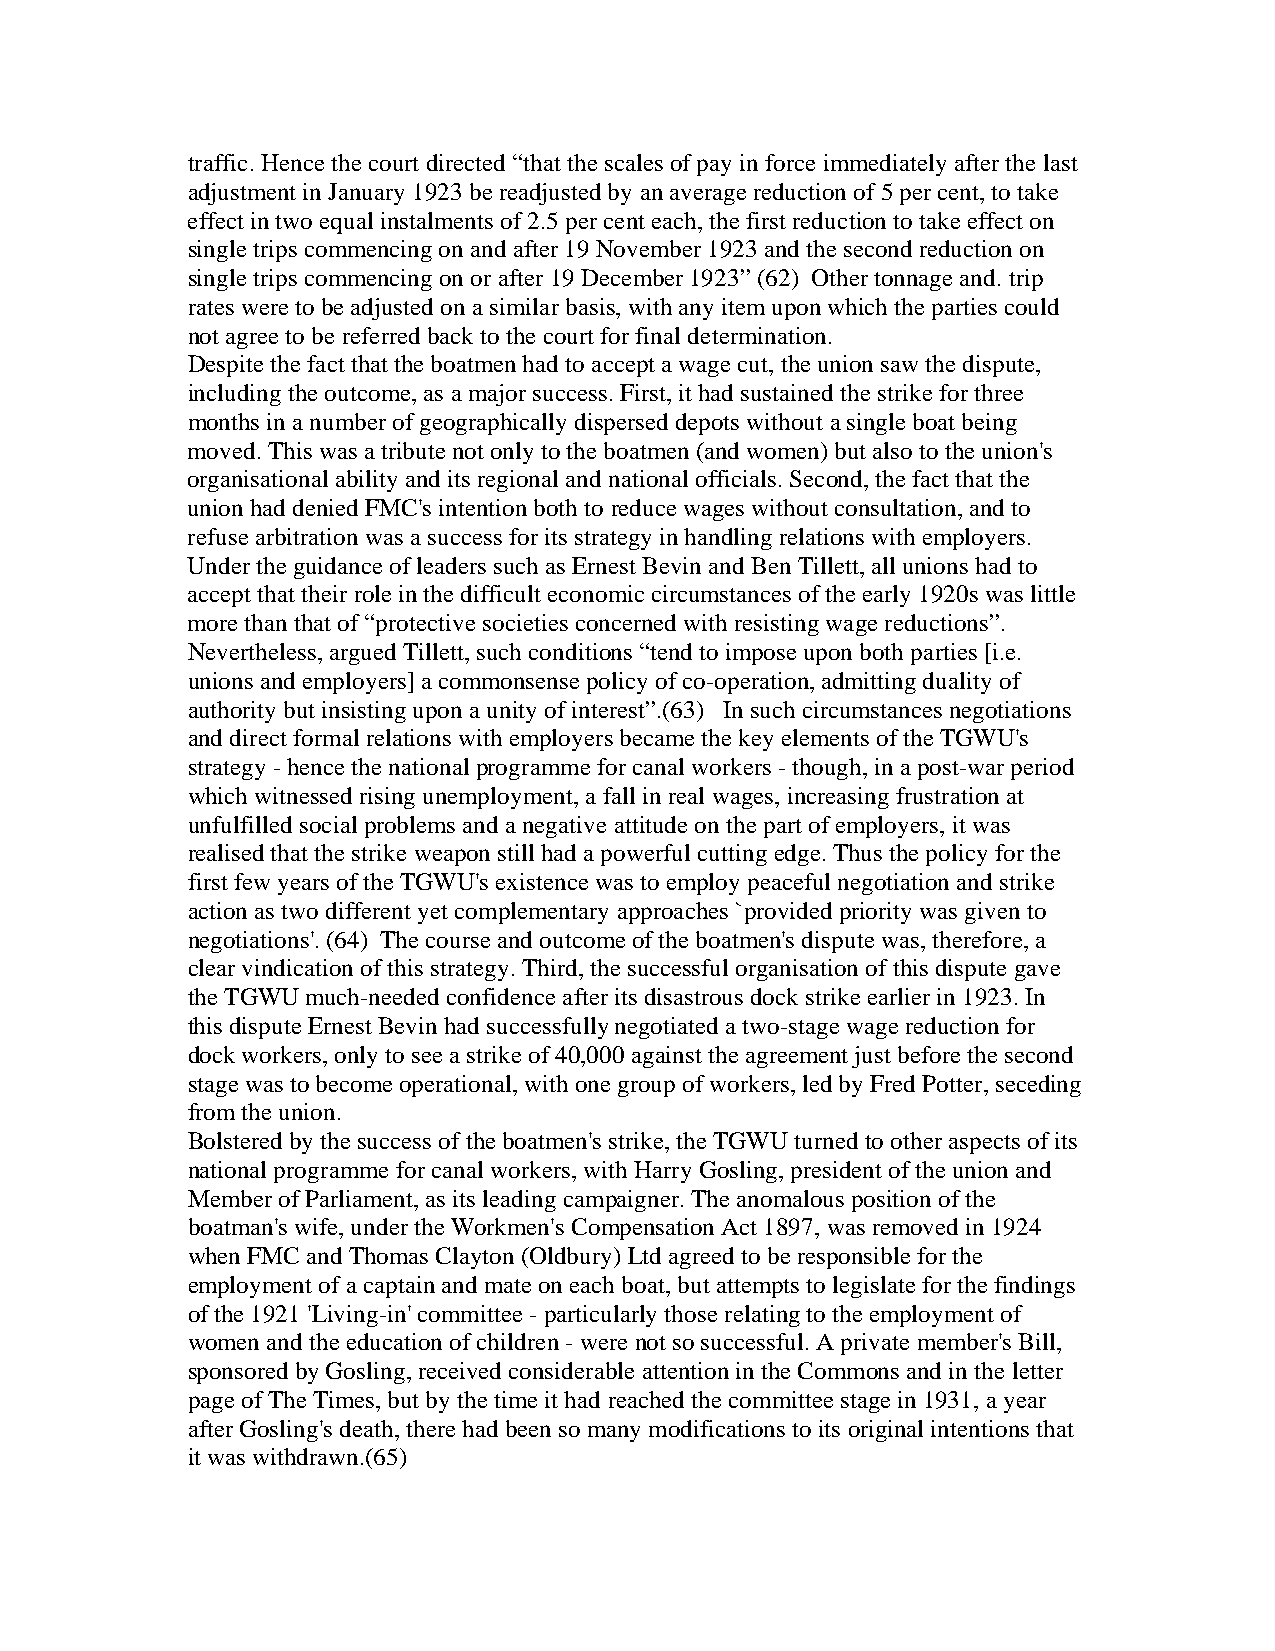
traffic. Hence the court directed “that the scales of pay in force immediately after the last
 adjustment in January 1923 be readjusted by an average reduction of 5 per cent, to take
 effect in two equal instalments of 2.5 per cent each, the first reduction to take effect on
 single trips commencing on and after 19 November 1923 and the second reduction on
 single trips commencing on or after 19 December 1923” (62) Other tonnage and. trip
 rates were to be adjusted on a similar basis, with any item upon which the parties could
 not agree to be referred back to the court for final determination.
 Despite the fact that the boatmen had to accept a wage cut, the union saw the dispute,
 including the outcome, as a major success. First, it had sustained the strike for three
 months in a number of geographically dispersed depots without a single boat being
 moved. This was a tribute not only to the boatmen (and women) but also to the union's
 organisational ability and its regional and national officials. Second, the fact that the
 union had denied FMC's intention both to reduce wages without consultation, and to
 refuse arbitration was a success for its strategy in handling relations with employers.
 Under the guidance of leaders such as Ernest Bevin and Ben Tillett, all unions had to
 accept that their role in the difficult economic circumstances of the early 1920s was little
 more than that of “protective societies concerned with resisting wage reductions”.
 Nevertheless, argued Tillett, such conditions “tend to impose upon both parties [i.e.
 unions and employers] a commonsense policy of co-operation, admitting duality of
 authority but insisting upon a unity of interest”.(63) In such circumstances negotiations
 and direct formal relations with employers became the key elements of the TGWU's
 strategy - hence the national programme for canal workers - though, in a post-war period
 which witnessed rising unemployment, a fall in real wages, increasing frustration at
 unfulfilled social problems and a negative attitude on the part of employers, it was
 realised that the strike weapon still had a powerful cutting edge. Thus the policy for the
 first few years of the TGWU's existence was to employ peaceful negotiation and strike
 action as two different yet complementary approaches `provided priority was given to
 negotiations'. (64) The course and outcome of the boatmen's dispute was, therefore, a
 clear vindication of this strategy. Third, the successful organisation of this dispute gave
 the TGWU much-needed confidence after its disastrous dock strike earlier in 1923. In
 this dispute Ernest Bevin had successfully negotiated a two-stage wage reduction for
 dock workers, only to see a strike of 40,000 against the agreement just before the second
 stage was to become operational, with one group of workers, led by Fred Potter, seceding
 from the union.
 Bolstered by the success of the boatmen's strike, the TGWU turned to other aspects of its
 national programme for canal workers, with Harry Gosling, president of the union and
 Member of Parliament, as its leading campaigner. The anomalous position of the
 boatman's wife, under the Workmen's Compensation Act 1897, was removed in 1924
 when FMC and Thomas Clayton (Oldbury) Ltd agreed to be responsible for the
 employment of a captain and mate on each boat, but attempts to legislate for the findings
 of the 1921 'Living-in' committee - particularly those relating to the employment of
 women and the education of children - were not so successful. A private member's Bill,
 sponsored by Gosling, received considerable attention in the Commons and in the letter
 page of The Times, but by the time it had reached the committee stage in 1931, a year
 after Gosling's death, there had been so many modifications to its original intentions that
 it was withdrawn.(65)